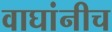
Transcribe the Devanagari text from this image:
वाघांनीच